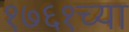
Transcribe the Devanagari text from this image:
१७६१च्या